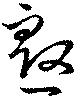
慇